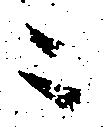
ニ